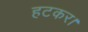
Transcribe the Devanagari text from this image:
हटकर।